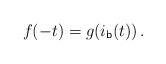
LaTeX: \begin{align*}f(-t)= g(i_{\mathsf{b}}(t)) \,.\end{align*}